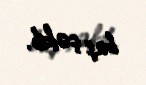
baş çəkib.